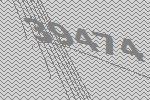
39474